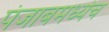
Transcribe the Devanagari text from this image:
पंजाबमध्येच